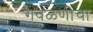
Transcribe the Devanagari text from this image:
गवळणीचा